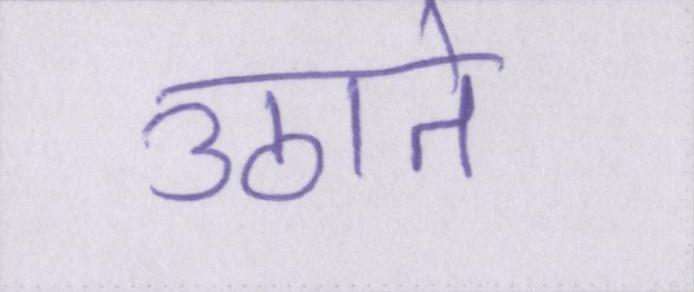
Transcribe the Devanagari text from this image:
उठाते